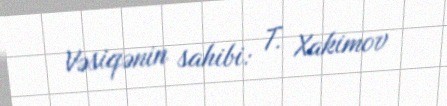
Vəsiqənin sahibi: T. Xakimov